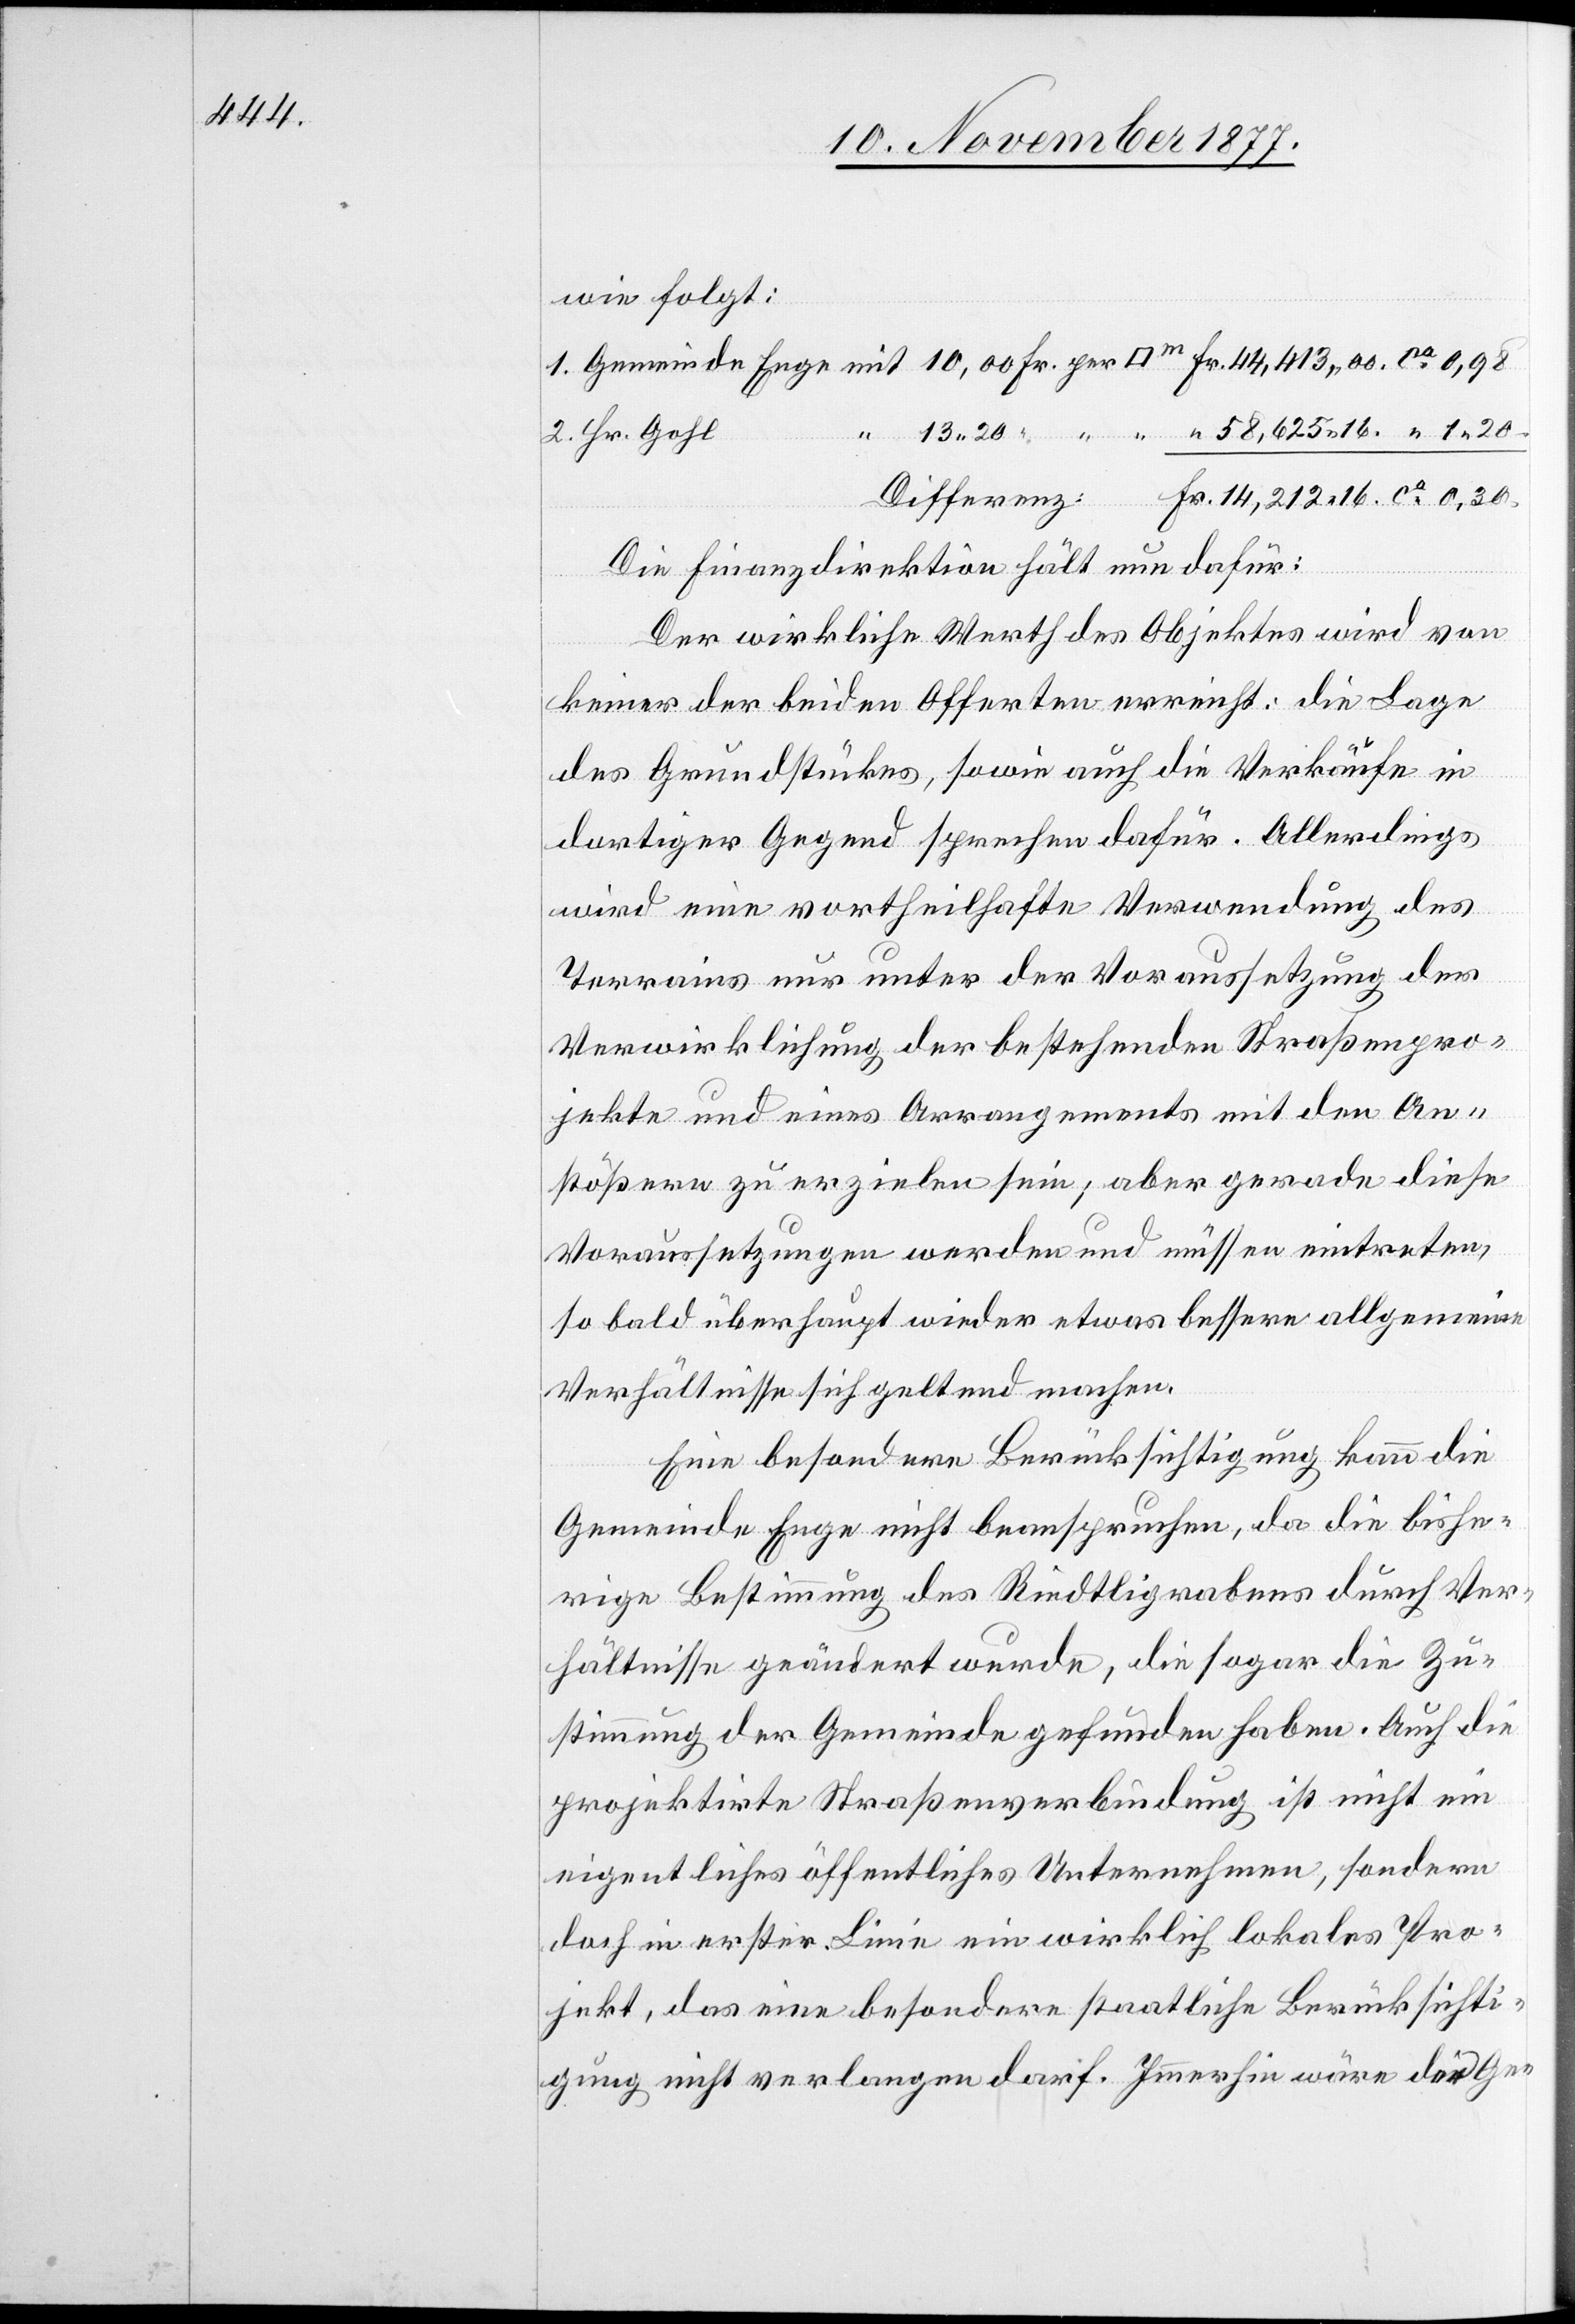
14,212 16.

wie folgt:
Die Finanzdirektion hält nun dafür:
Der wirkliche Werth des Objektes wird von
keiner der beiden Offerten erreicht: die Lage
des Grundstückes, sowie auch die Verkäufe in
dortiger Gegend sprechen dafür. Allerdings
wird eine vortheilhafte Verwendung des
Terrains nur unter der Voraussetzung der
Verwirklichung der bestehenden Straßenpro¬
jekte und eines Arrangements mit den An¬
stößern zu erzielen sein; aber gerade diese
Voraussetzungen werden und müssen eintreten,
so bald überhaupt wieder etwas bessere allgemeine
Verhältnisse sich geltend machen.
Eine besondere Berücksichtigung kann die
Gemeinde Enge nicht beanspruchen, da die bishe¬
rige Bestimmung des Riedtligrabens durch Ver¬
hältnisse geändert wurde, die sogar die Zu¬
stimmung der Gemeinde gefunden haben. Auch die
projektirte Straßenverbindung ist nicht ein
eigentliches öffentliches Unternehmen, sondern
doch in erster Linie ein wirklich lokales Pro¬
jekt, das eine besondere staatliche Berücksichti¬
gung nicht verlangen darf. Immerhin wäre der Ge-